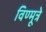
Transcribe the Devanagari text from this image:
विण्मूत्रे